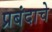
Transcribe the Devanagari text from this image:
प्रबंदाचे